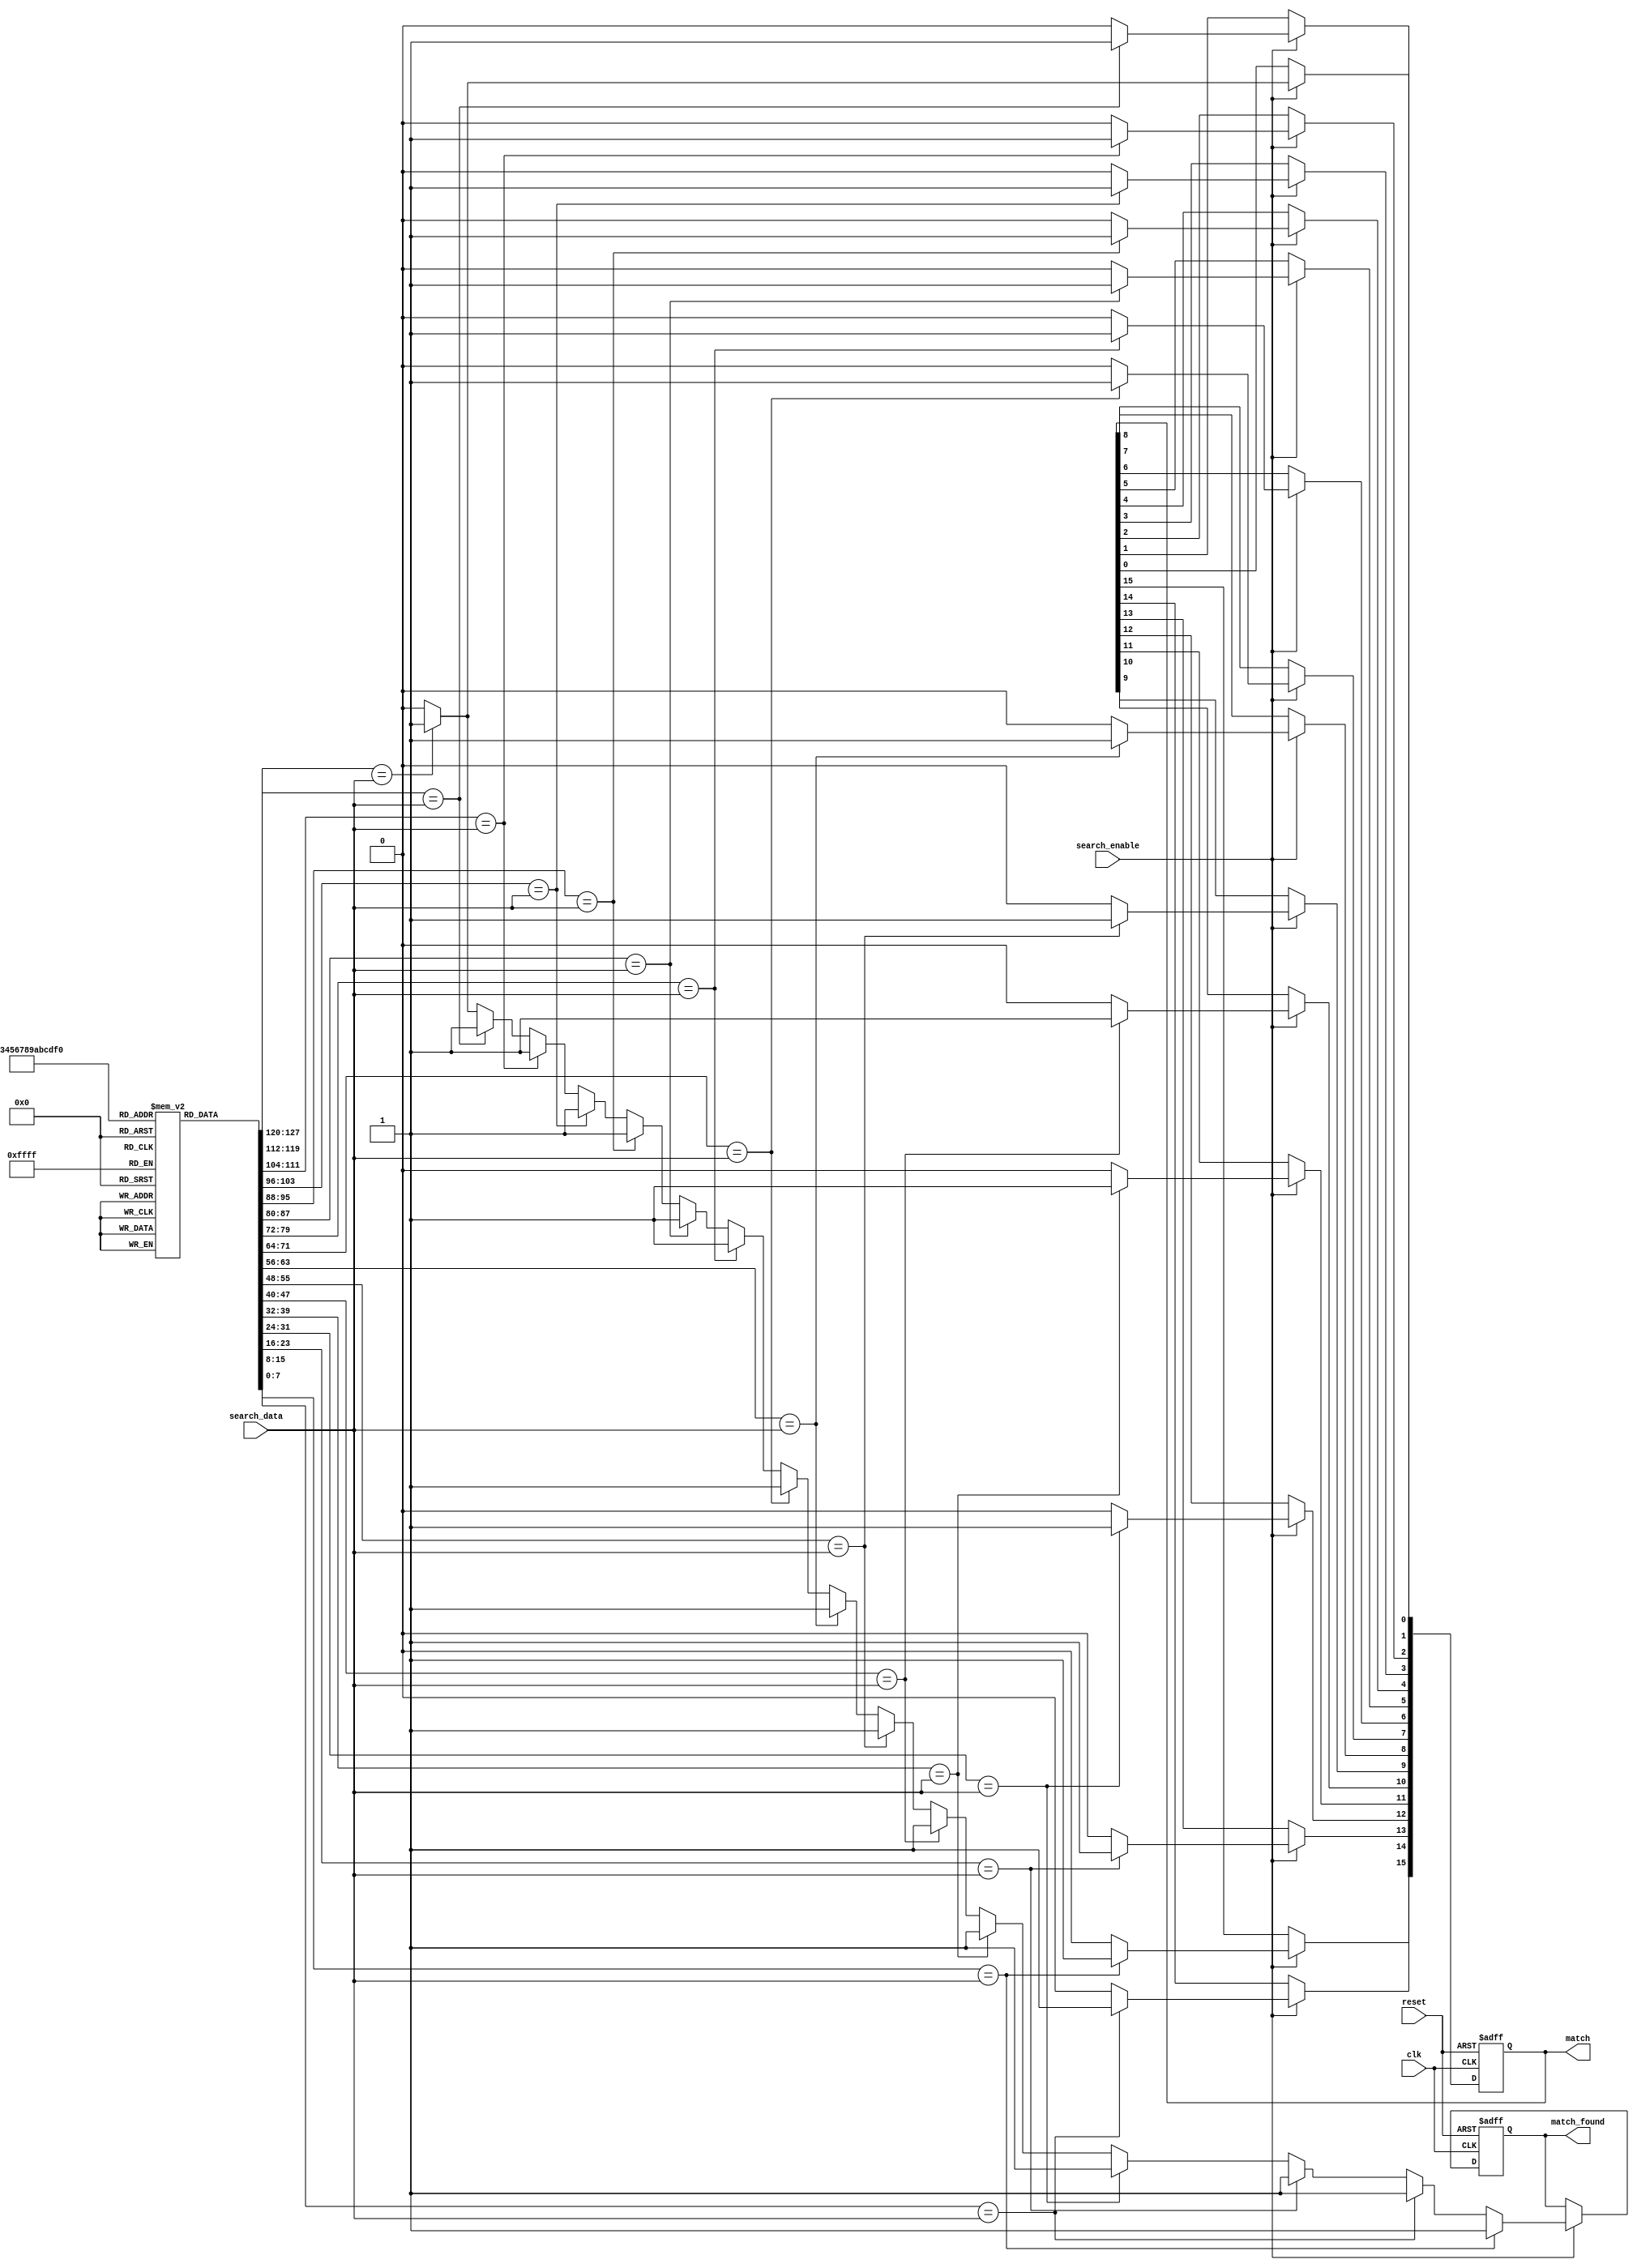
module energy_efficient_cam #(
    parameter DATA_WIDTH = 8,     // Width of data entries
    parameter NUM_ENTRIES = 16     // Number of entries in the CAM
) (
    input wire clk,                // Clock signal
    input wire reset,              // Reset signal
    input wire [DATA_WIDTH-1:0] search_data, // Data to search
    input wire search_enable,       // Enable search operation
    output reg [NUM_ENTRIES-1:0] match, // Match output
    output reg match_found         // Match found flag
);

    // Storage array for CAM entries
    reg [DATA_WIDTH-1:0] cam_array [0:NUM_ENTRIES-1];

    // Match line logic
    integer i;
    always @(posedge clk or posedge reset) begin
        if (reset) begin
            match <= 0;
            match_found <= 0;
        end else if (search_enable) begin
            match_found <= 0; // Reset match found flag
            match <= 0; // Reset match lines
            for (i = 0; i < NUM_ENTRIES; i = i + 1) begin
                if (cam_array[i] == search_data) begin
                    match[i] <= 1; // Set match line for matching entry
                    match_found <= 1; // Set match found flag
                end
            end
        end
    end

    // Control logic for writing data into CAM
    task write_entry(input [DATA_WIDTH-1:0] data, input [3:0] index);
        begin
            if (index < NUM_ENTRIES) begin
                cam_array[index] <= data; // Write data to CAM
            end
        end
    endtask

    // Example of initializing CAM entries (for simulation purposes)
    initial begin
        // Initialize CAM entries with some values
        write_entry(8'hAA, 0);
        write_entry(8'hBB, 1);
        write_entry(8'hCC, 2);
        write_entry(8'hDD, 3);
        write_entry(8'hEE, 4);
        write_entry(8'hFF, 5);
        // Additional entries can be initialized as needed
    end

endmodule